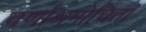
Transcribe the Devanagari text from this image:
वर्णाश्रमोचितां